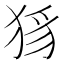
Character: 𤞝